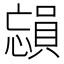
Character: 𪬳